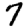
Digit: 7